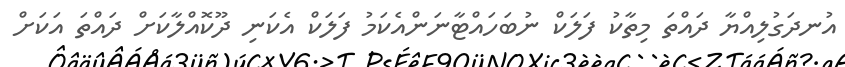
އުނދަގުލިއްޔާ ދައްތަ މިތާކު ފަލަކް ނުބަހައްޓާނަންއެކަމު ފަލަކް އެކަނި ދޫކޮއްލާކަށް ދައްތަ އަކަށް